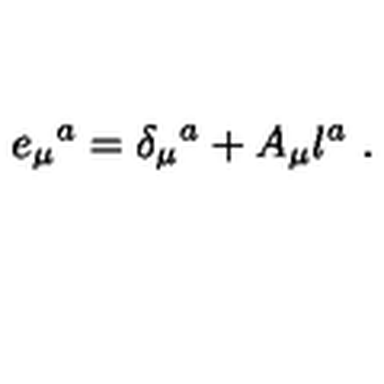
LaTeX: e _ { \mu } { } ^ { a } = \delta _ { \mu } { } ^ { a } + A _ { \mu } l ^ { a } \ .